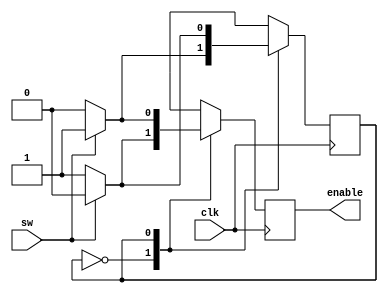
module TimeDisplayModeSelector(
	 input clk,
    input sw,
    output reg enable = 0
    );

parameter ts = 0, ss = 1;
reg next = 0;

always @(posedge clk) begin
	case (next)
		ts:
			if (sw == 1) begin
				next <= ss;
				enable <= 0;
			end
			else begin
				next <= ts;
				enable <= 1;
			end
		ss:
			if (sw == 1) begin
				next <= ts;
				enable <= 1;
			end
			else begin
				next <= ss;
				enable <= 0;
			end
	endcase
end
endmodule